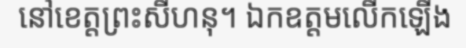
នៅខេត្តព្រះសីហនុ។ ឯកឧត្តមលើកឡើង